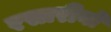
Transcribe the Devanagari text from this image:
रसारीनो